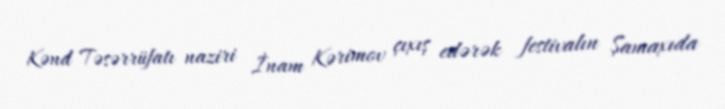
Kənd Təsərrüfatı naziri İnam Kərimov çıxış edərək festivalın Şamaxıda